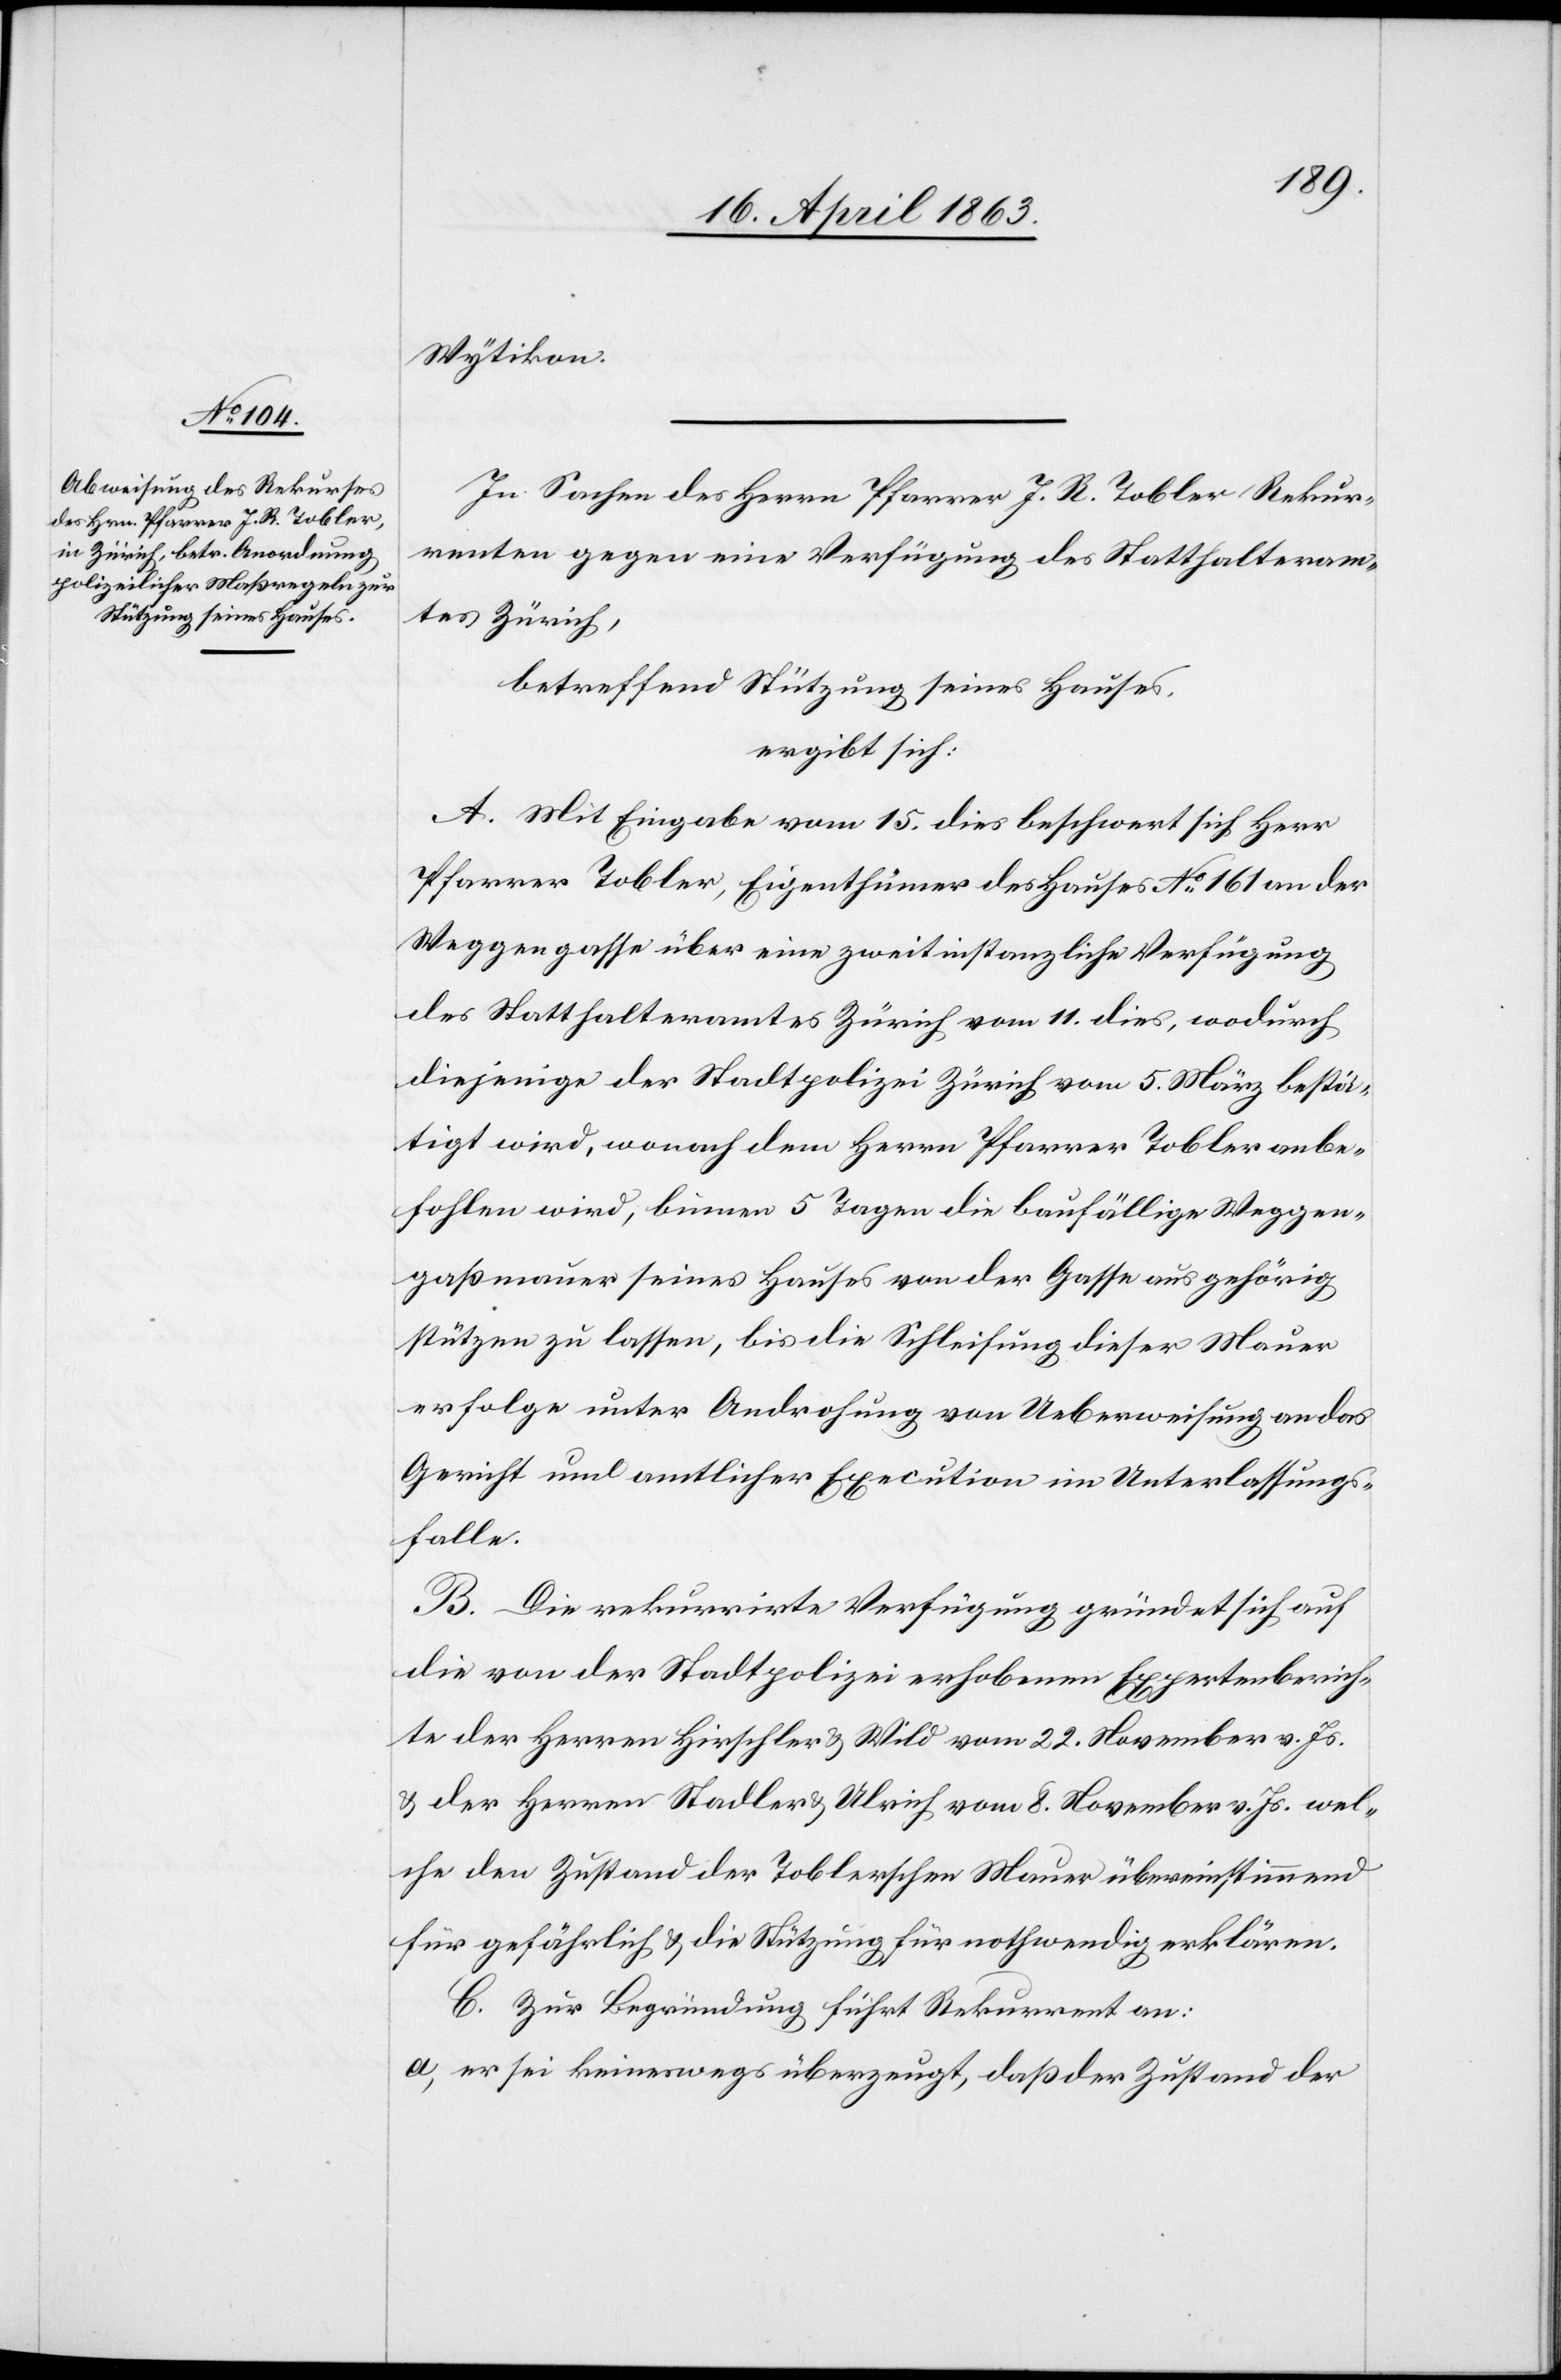
Wytikon.
In Sachen des Herrn Pfarrer J. R. Tobler Rekur¬
renten gegen eine Verfügung des Statthalteram¬
tes Zürich,
betreffend Stützung seines Hauses,
ergibt sich:
A. Mit Eingabe vom 15. dies beschwert sich Herr
Pfarrer Tobler, Eigenthümer des Hauses No 161 an der
Weggengasse über eine zweitinstanzliche Verfügung
des Statthalteramtes Zürich vom 11. dies, wodurch
diejenige der Stadtpolizei Zürich vom 5. März bestä¬
tigt wird, wonach dem Herrn Pfarrer Tobler anbe¬
fohlen wird, binnen 5 Tagen die baufällige Weggen¬
gaßmauer seines Hauses von der Gasse aus gehörig
stützen zu lassen, bis die Schleifung dieser Mauer
erfolge unter Androhung von Ueberweisung an das
Gericht und amtlicher Execution im Unterlassungs¬
falle.
B. Die rekurrirte Verfügung gründet sich auf
die von der Stadtpolizei erhobenen Expertenberich¬
te der Herren Hirschler & Wild vom 22. November v. Js.
& der Herren Stadler & Ulrich vom 8. November v. Js. wel¬
che den Zustand der Toblerschen Mauer übereinstimmend
für gefährlich & die Stützung für nothwendig erklären.
C. Zur Begründung führt Rekurrent an:
a) er sei keineswegs überzeugt, daß der Zustand der